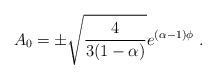
LaTeX: \begin{align*}A_0 = \pm\sqrt{{4\over 3(1-\alpha)}}e^{(\alpha-1)\phi}\ .\end{align*}